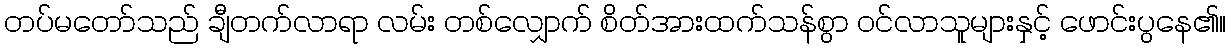
တပ်မတော်သည် ချီတက်လာရာ လမ်း တစ်လျှောက် စိတ်အားထက်သန်စွာ ဝင်လာသူများနှင့် ဖောင်းပွနေ၏။